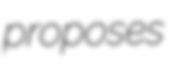
proposes